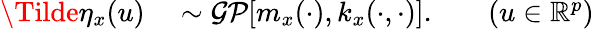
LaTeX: \begin{array}{rlrl}{\Tilde{\eta}_{x}(u)}&{{}\sim\mathcal{GP}[m_{x}(\cdot),k_{x}(\cdot,\cdot)].}&{}&{{}(u\in\mathbb{R}^{p})}\end{array}